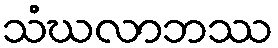
သံဃလာဘဿ